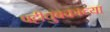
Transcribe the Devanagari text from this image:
पट्टीचुंबकाच्या